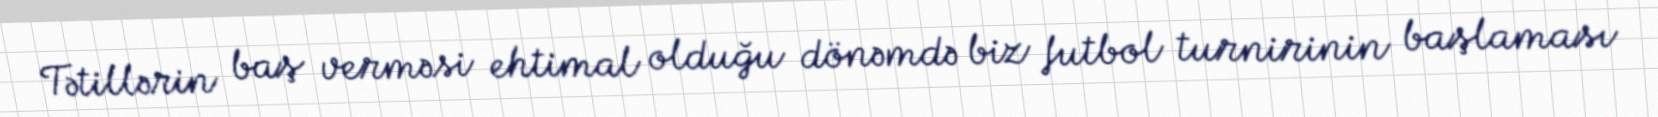
Tətillərin baş verməsi ehtimal olduğu dönəmdə biz futbol turnirinin başlaması